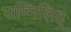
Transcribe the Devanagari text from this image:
सम्मिलित्